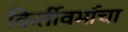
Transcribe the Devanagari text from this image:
किर्तीवर्माचा